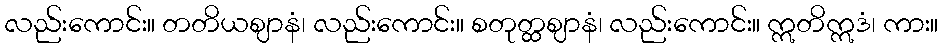
လည်းကောင်း။ တတိယဈာနံ၊ လည်းကောင်း။ စတုတ္ထဈာနံ၊ လည်းကောင်း။ ဣတိဣဒံ၊ ကား။